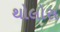
થોલોસ